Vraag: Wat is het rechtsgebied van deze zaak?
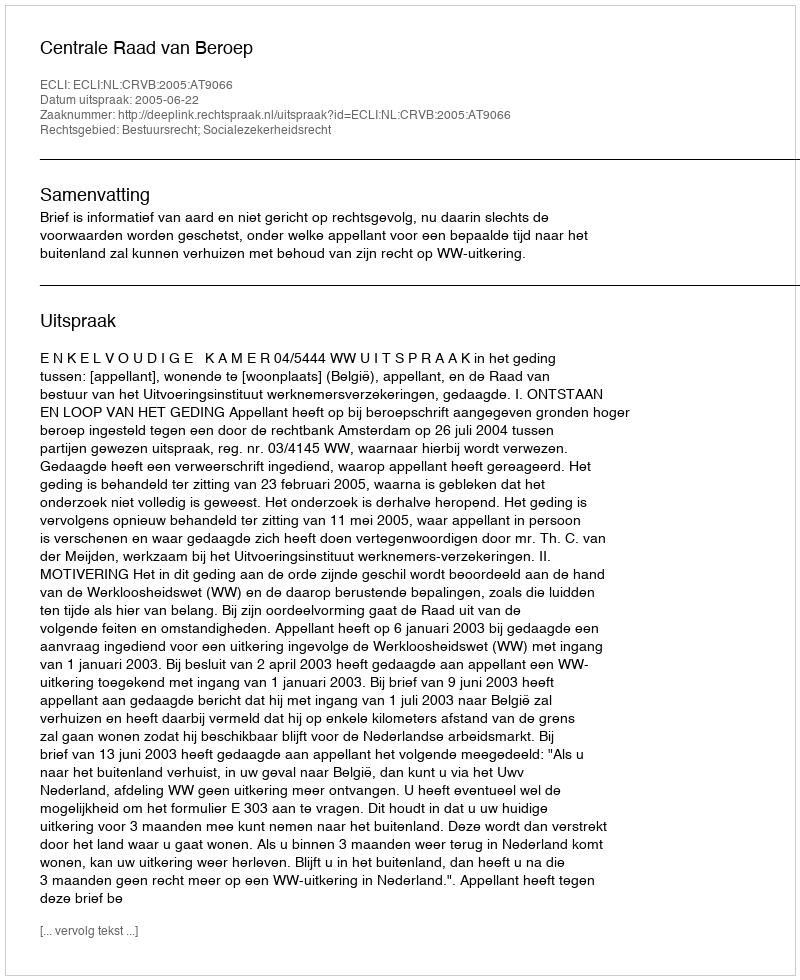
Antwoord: Bestuursrecht; Socialezekerheidsrecht